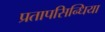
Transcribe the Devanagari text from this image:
प्रतापसिन्धिया